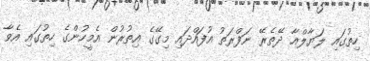
ހިތުގައި ލަޔާލްއާ ދޭތެރޭ ނަފްރަތު އުފައްދައި މިގޭގެ އިތުރުން އެމީހުންގެ ހިތުގައި އެވާ